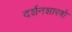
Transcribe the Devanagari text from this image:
दर्शनशास्त्रो